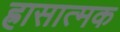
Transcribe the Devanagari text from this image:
ह्रासात्मक